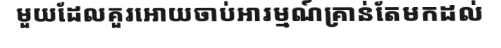
មួយដែលគួរអោយចាប់អារម្មណ៍គ្រាន់តែមកដល់